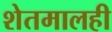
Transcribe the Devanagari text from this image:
शेतमालही